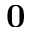
\mathbf { 0 }